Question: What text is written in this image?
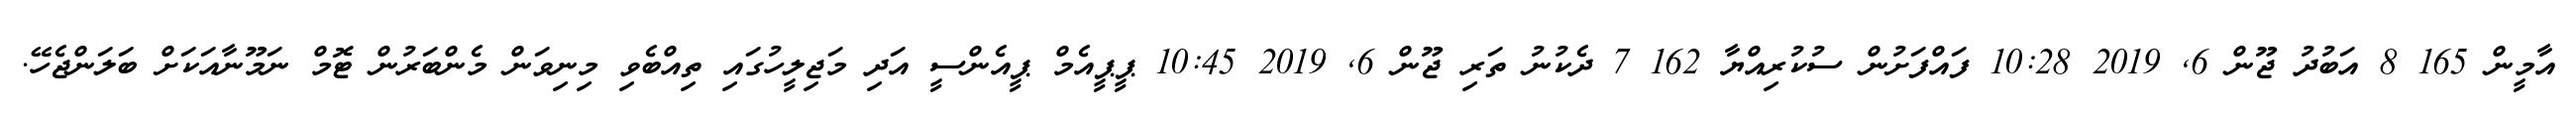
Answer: އާމީން 165 8 އަބުދު ޖޫން 6, 2019 10:28 ފައްފަށުން ސުކުރިއްޔާ 162 7 ދެކުނު ތަރި ޖޫން 6, 2019 10:45 ޕީޕީއެމް ޕީއެންސީ އަދި މަޖިލީހުގައި ތިއްބެވި މިނިވަން މެންބަރުން ޓޮމް ނަމޫނާއަކަށް ބަލަންޖެހޭ.